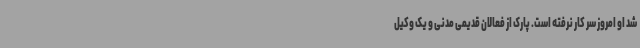
شد او امروز سر کار نرفته است. پارک از فعالان قدیمی مدنی و یک وکیل